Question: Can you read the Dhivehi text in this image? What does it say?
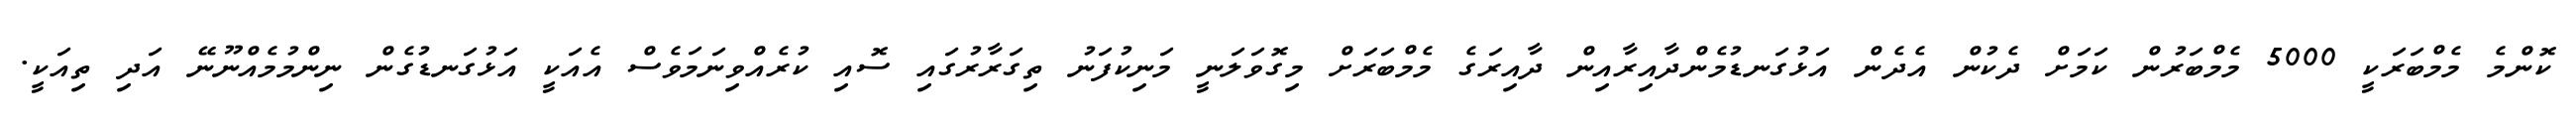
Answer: ކޮންމެ މެމްބަރަކީ 5000 މެމްބަރުން ކަމަށް ދެކުން އެދެން އަޅުގަނޑުމެންދާއިރާއިން ދާއިރަގެ މެމްބަރަށް މިގޮވަލަނީ މަނިކުފަނު ތިގަރާރުގައި ސޮއި ކުރެއްވިނަމަވެސް އެއަކީ އަޅުގަނޑުގެން ނިންމުމެއްނޫނޭ އަދި ތިއަކީ.